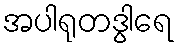
အပါရုတဒွါရေ